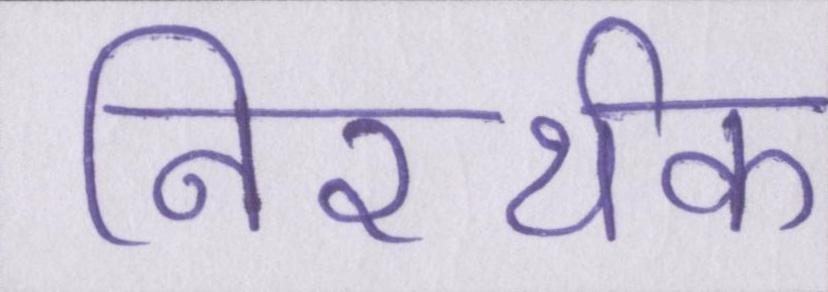
निरर्थक